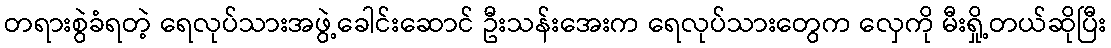
တရားစွဲခံရတဲ့ ရေလုပ်သားအဖွဲ့ခေါင်းဆောင် ဦးသန်းအေးက ရေလုပ်သားတွေက လှေကို မီးရှို့တယ်ဆိုပြီး